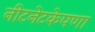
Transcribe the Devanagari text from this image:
नीटनेटकेपणा